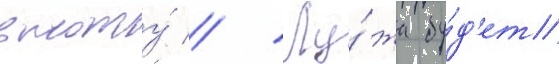
высоту́ // Лу́жа бу́д'ет